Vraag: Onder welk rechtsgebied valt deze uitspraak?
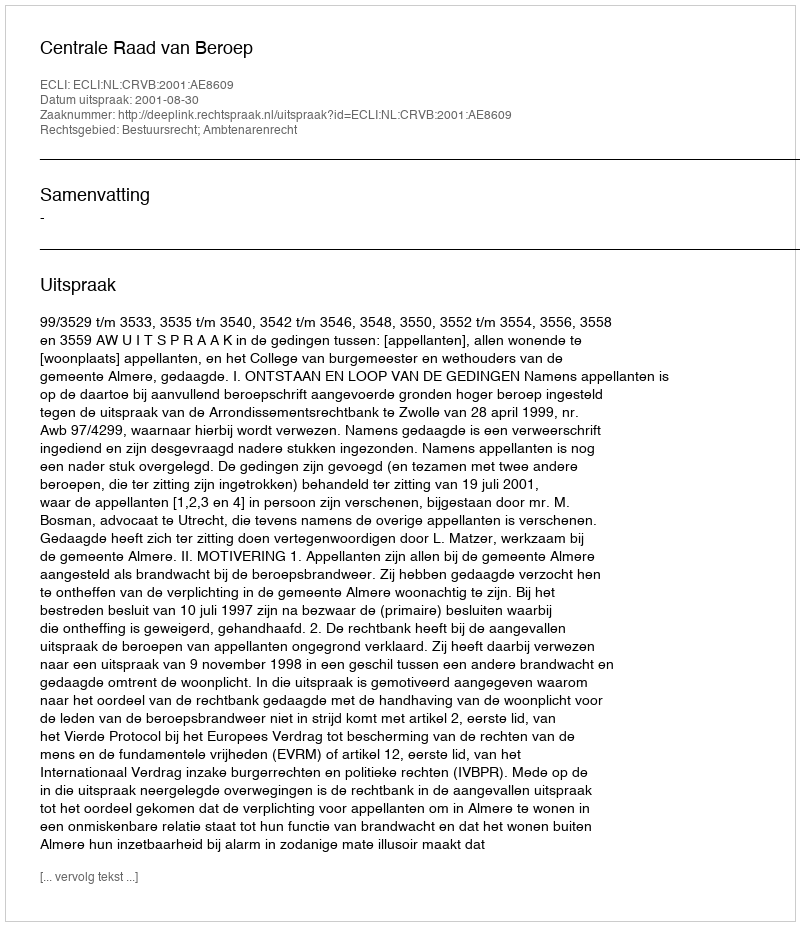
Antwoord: Bestuursrecht; Ambtenarenrecht